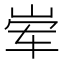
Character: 𮱩